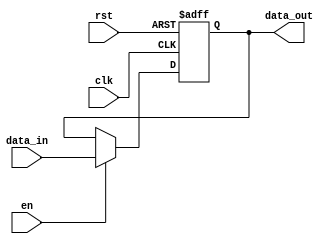
module InputRegister #(
    parameter WIDTH = 8  // Parameter to specify the width of the register (default is 8 bits)
)(
    input wire clk,      // Clock signal
    input wire rst,      // Reset signal
    input wire en,       // Enable signal
    input wire [WIDTH-1:0] data_in, // Input data
    output reg [WIDTH-1:0] data_out  // Output data
);

// Sequential logic for input register
always @(posedge clk or posedge rst) begin
    if (rst) begin
        data_out <= {WIDTH{1'b0}}; // Asynchronous reset to zero
    end else if (en) begin
        data_out <= data_in; // Capture input data on enable
    // else condition is implicit: hold current value
    end
end

endmodule